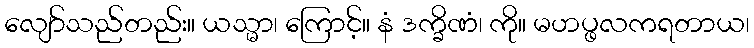
လျော်သည်တည်း။ ယသ္မာ၊ ကြောင့်။ နံ ဒက္ခိဏံ၊ ကို။ မဟပ္ဖလကရတာယ၊